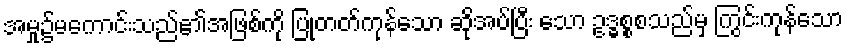
အမှု၌မကောင်းသည်၏အဖြစ်ကို ပြုတတ်ကုန်သော ဆိုအပ်ပြီး သော ဥဒ္ဓစ္စစသည်မှ ကြွင်းကုန်သော